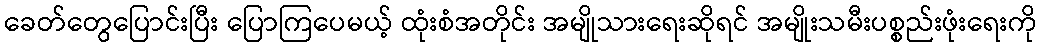
ခေတ်တွေပြောင်းပြီး ပြောကြပေမယ့် ထုံးစံအတိုင်း အမျိုသားရေးဆိုရင် အမျိုးသမီးပစ္စည်းဖုံးရေးကို